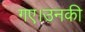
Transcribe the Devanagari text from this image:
गए।उनकी